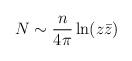
LaTeX: \begin{align*}N \sim \frac{n}{4\pi}\ln(z\bar z)\end{align*}